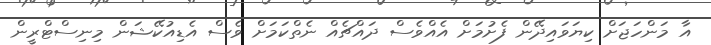
އާ މަންހަޖަށް ކިޔަވައިދޭން ފެށުމަށް އެއްވެސް ދައްޗެއް ނެތްކަމަށް ވެސް އެޑިއުކޭޝަން މިނިސްޓްރީން